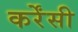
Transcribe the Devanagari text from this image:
कर्रेंसी